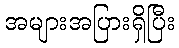
အများအပြားရှိပြီး